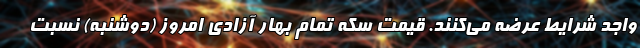
واجد شرایط عرضه می‌کنند. قیمت سکه تمام بهار آزادی امروز (دوشنبه) نسبت